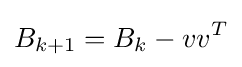
B_{k+1}=B_{k}-vv^{T}